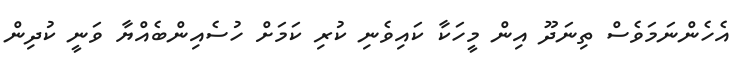
އެހެންނަމަވެސް ތިނަދޫ އިން މީހަކާ ކައިވެނި ކުރި ކަމަށް ހުސެއިންބެއްޔާ ވަނީ ކުދިން